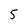
Character: 5